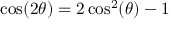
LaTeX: \cos ( 2 \theta ) = 2 \cos ^ { 2 } ( \theta ) - 1